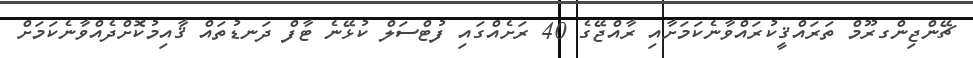
ޗޭންޖިންގރޫމް ތަރައްޤީކުރައްވާނެކަމަށާއި ރާއްޖޭގެ 40 ރަށެއްގައި ފުޓްސަލް ކުޅޭނެ ޓާފް ދަނޑުތައް ޤާއިމުކޮށްދެއްވާނެކަމަށް